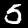
Digit: 5